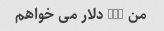
من 150 دلار می خواهم